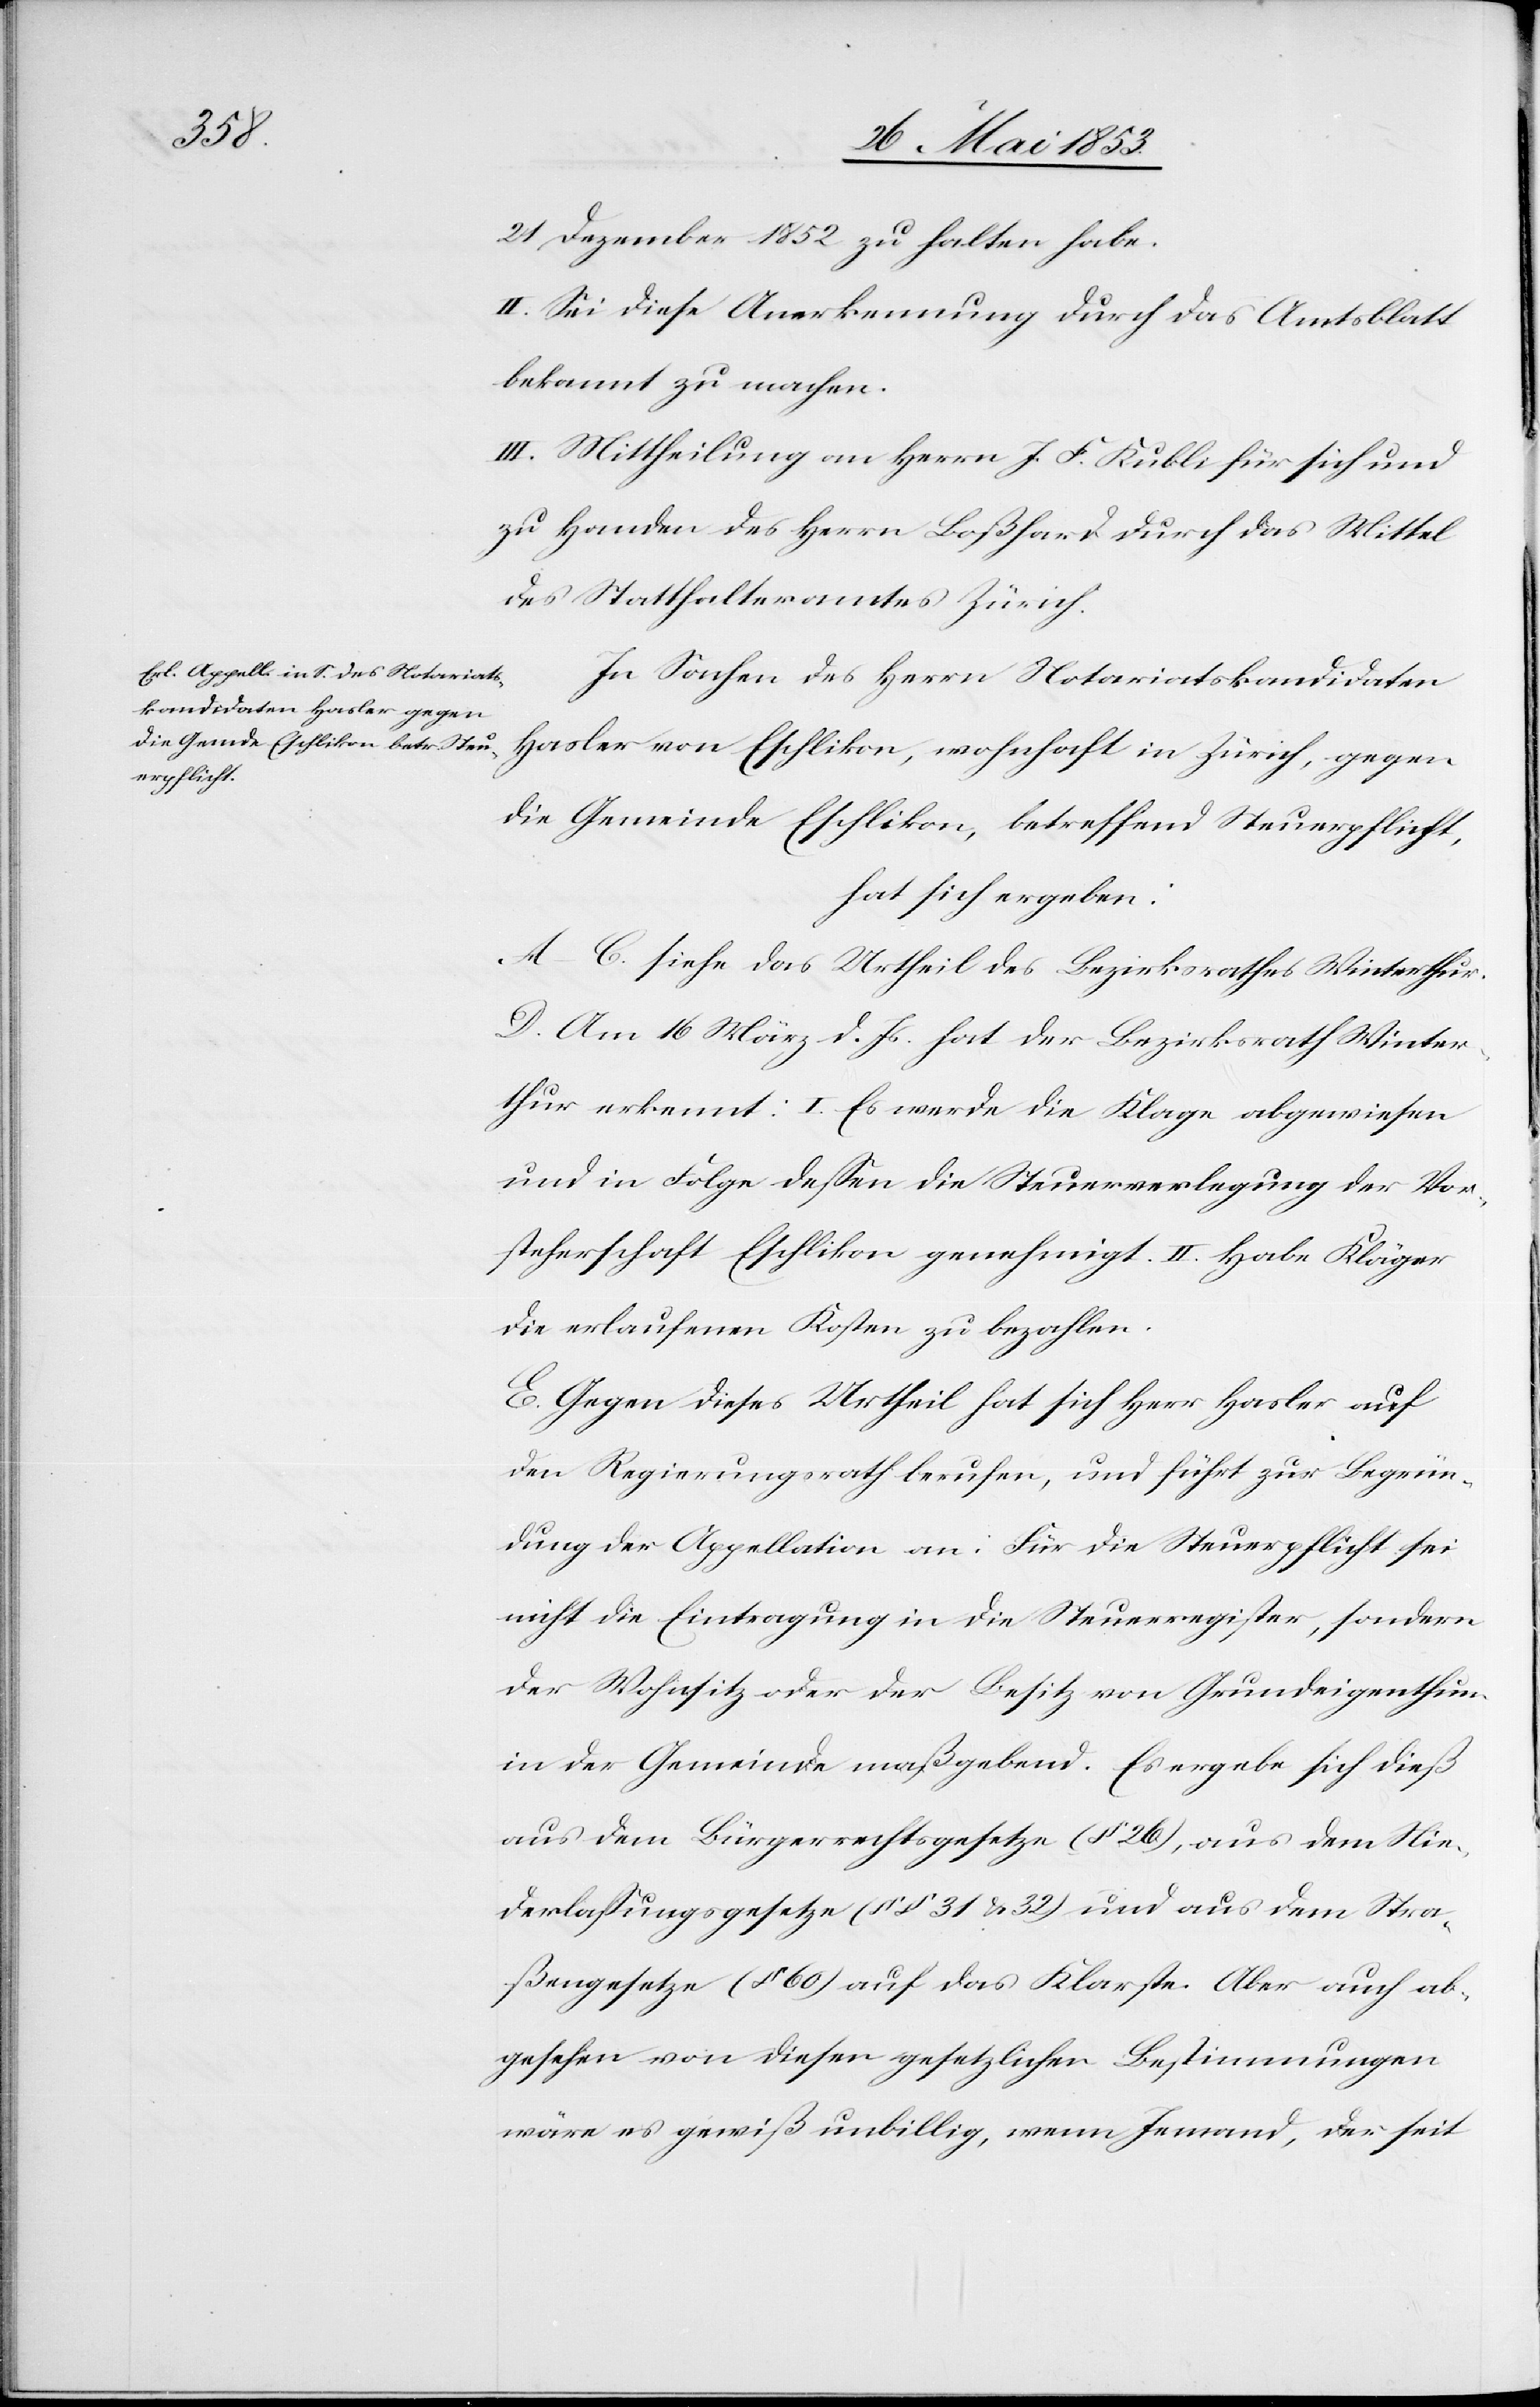
21 Dezember 1852 zu halten habe.
II. Sei diese Anerkennung durch das Amtsblatt
bekannt zu machen.
III. Mittheilung an Herrn J. F. Kubli für sich und
zu Handen des Herrn Boßhard durch das Mittel
des Statthalteramtes Zürich.
In Sachen des Herrn Notariatskandidaten
Hasler von Eschlikon, wohnhaft in Zürich, gegen
die Gemeinde Eschlikon, betreffend Steuerpflicht,
hat sich ergeben:
A.–C. siehe das Urtheil des Bezirksrathes Winterthur.
D. Am 16 März d. Js. hat der Bezirksrath Winter¬
thur erkennt: I. Es werde die Klage abgewiesen
und in Folge deßen die Steuerverlegung der Vor¬
steherschaft Eschlikon genehmigt. II. Habe Kläger
die erlaufenen Kosten zu bezahlen.
E. Gegen dieses Urtheil hat sich Herr Hasler auf
den Regierungsrath berufen, und führt zur Begrün¬
dung der Appellation an: Für die Steuerpflicht sei
nicht die Eintragung in die Steuerregister, sondern
der Wohnsitz oder der Besitz von Grundeigenthum
in der Gemeinde maßgebend. Es ergebe sich dieß
aus dem Bürgerrechtsgesetze (§ 26), aus dem Nie¬
derlaßungsgesetze (§ 31 u. 32) und aus dem Stra¬
ßengesetze (§ 60) auf das Klarste. Aber auch ab¬
gesehen von diesen gesetzlichen Bestimmungen
wäre es gewiß unbillig, wenn Jemand, der seit